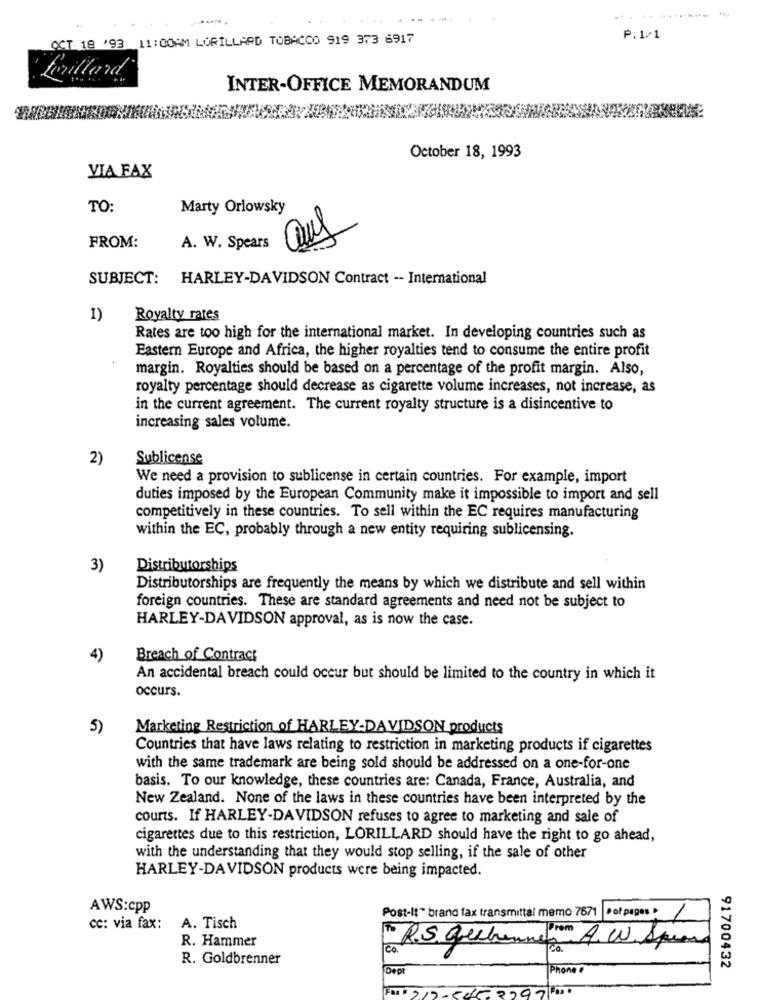
...
OCT 18 '93 11:00AM LORILLARD TOBACCO 919 373 6917
P.1/1
teillard
INTER-OFFICE MEMORANDUM
October 18, 1993
VIA FAX
TO:
Marty Orlowsky
FROM:
A. W. Spears
SUBJECT: HARLEY-DAVIDSON Contract -- International
1)
Royalty rates
Rates are too high for the international market. In developing countries such as
Eastern Europe and Africa, the higher royalties tend to consume the entire profit
margin. Royalties should be based on a percentage of the profit margin. Also,
royalty percentage should decrease as cigarette volume increases, not increase, as
in the current agreement. The current royalty structure is a disincentive to
increasing sales volume.
2)
Sublicense
We need a provision to sublicense in certain countries. For example, import
duties imposed by the European Community make it impossible to import and sell
competitively in these countries. To sell within the EC requires manufacturing
within the EC, probably through a new entity requiring sublicensing.
3)
Distributorships
Distributorships are frequently the means by which we distribute and sell within
foreign countries. These are standard agreements and need not be subject to
HARLEY-DAVIDSON approval, as is now the case.
4)
Breach of Contract
An accidental breach could occur but should be limited to the country in which it
occurs.
5)
Marketing Restriction of HARLEY-DAVIDSON products
Countries that have laws relating to restriction in marketing products if cigarettes
with the same trademark are being sold should be addressed on a one-for-one
basis. To our knowledge, these countries are: Canada, France, Australia, and
New Zealand. None of the laws in these countries have been interpreted by the
courts. If HARLEY-DAVIDSON refuses to agree to marketing and sale of
cigarettes due to this restriction, LORILLARD should have the right to go ahead,
with the understanding that they would stop selling, if the sale of other
HARLEY-DAVIDSON products were being impacted.
AWS:cpp
Post-It" brand fax transmittal memo 7671 |"of pages .
cc: via fax:
A. Tisch
R. Hammer
To R.S. gebennem A.W. Speand
Co.
R. Goldbrenner
Dept
Phone #
91700432